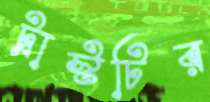
ট্রাস্টটির